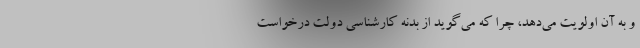
و به آن اولویت می‌دهد، چرا که می‌گوید از بدنه کارشناسی دولت درخواست